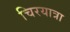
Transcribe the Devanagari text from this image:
चिरयात्रा